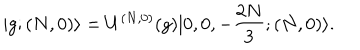
LaTeX: | g ; ( N , 0 ) \rangle = U ^ { ( N , 0 ) } ( g ) | 0 , 0 , - \frac { 2 N } { 3 } ; ( N , 0 ) \rangle .